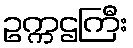
ဥက္ကဌကြီး